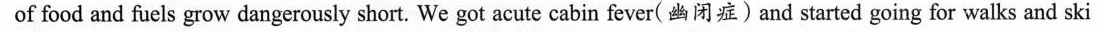
of food and fuels grow dangerously short. We got acute cabin fever(幽闭症)and started going for walks and ski